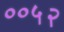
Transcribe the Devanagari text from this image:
००५२